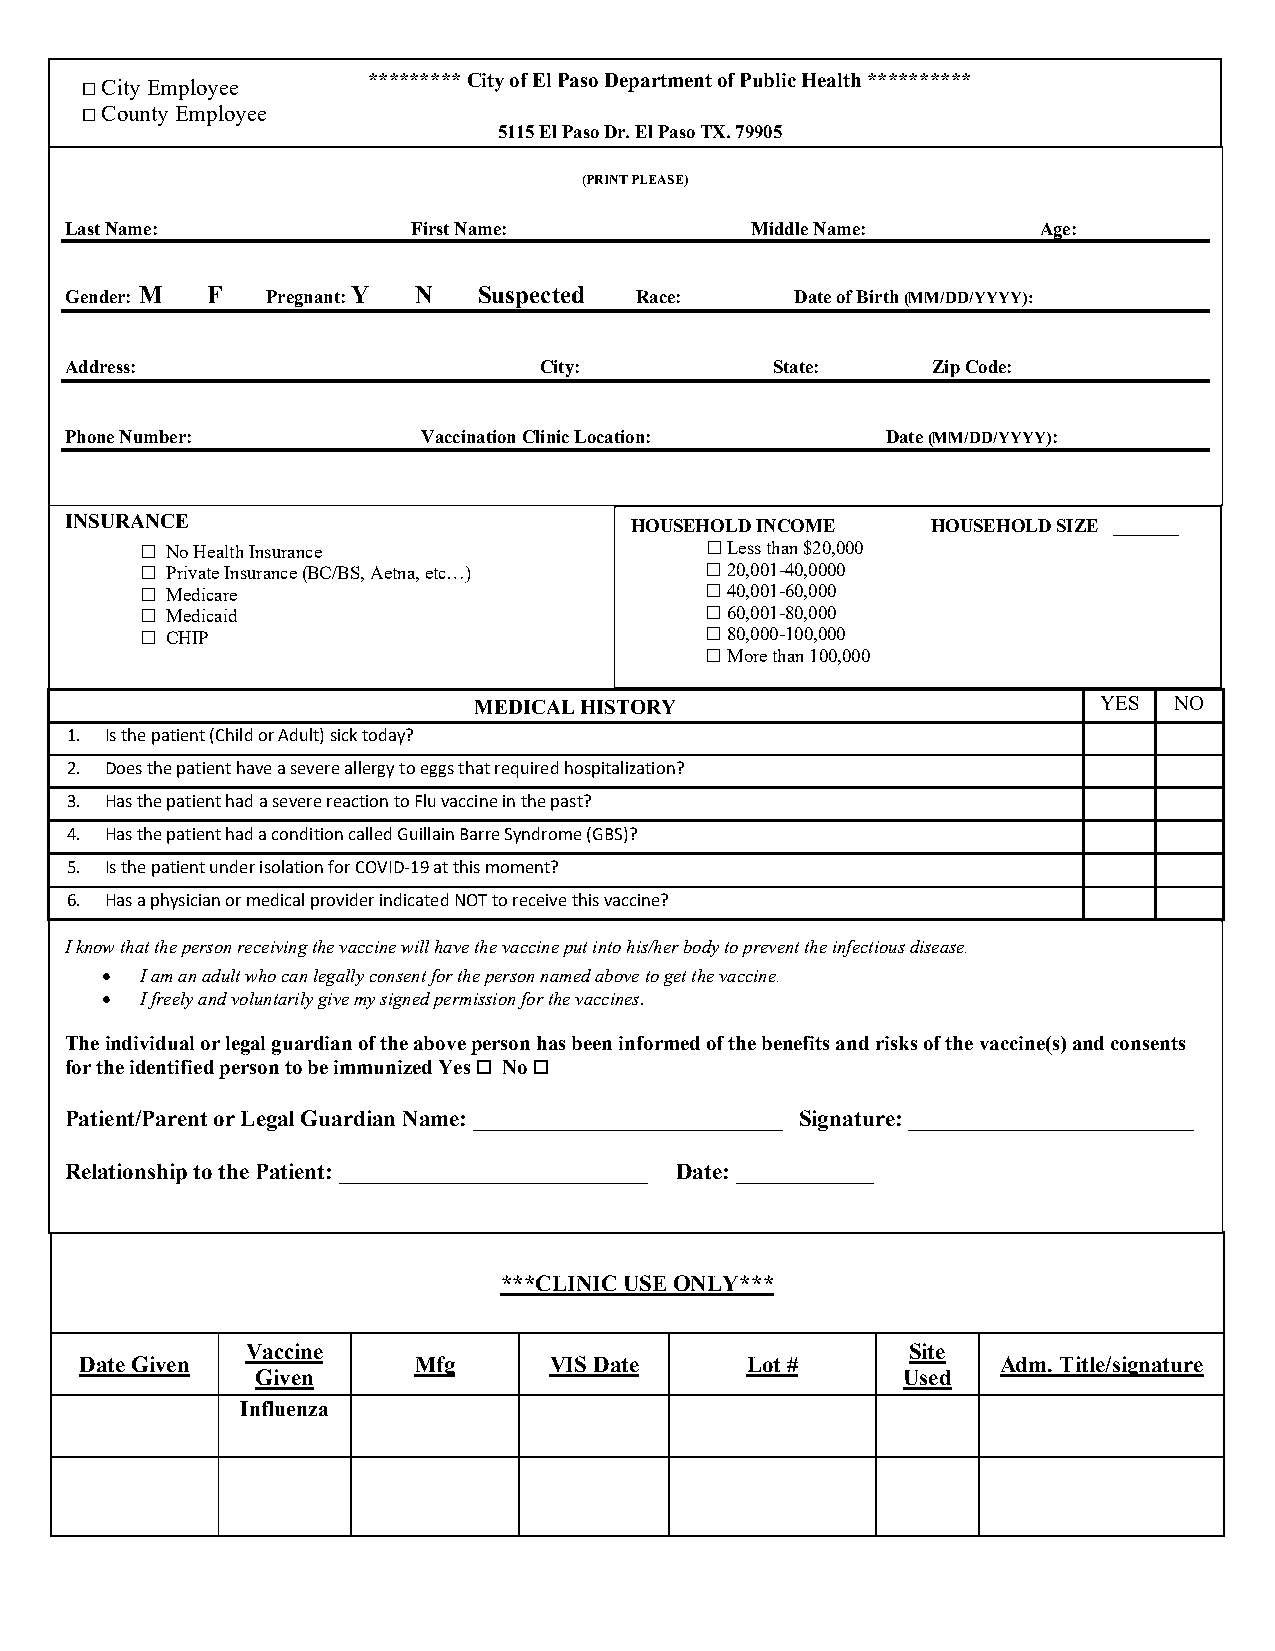
 City Employee    ********* City of El Paso Department of Public Health **********
  County Employee
 5115 El Paso Dr. El Paso TX. 79905
 (PRINT PLEASE)
 Last Name:             First Name:            Middle Name:       Age:
 Gender: M F   Pregnant: Y N Suspected Race:      Date of Birth (MM/DD/YYYY):
 Addre ss:                       City:          State:     Zip Code:
 Phone Number:           Vaccination Clinic Location:   Date (MM/DD/YYYY):
 I N S U R A N C E                     HOUSEHOLD INCOME    HOUSEHOLD SIZE _______
  No Health Insurance                 Less than $20,000
  Private Insurance (BC/BS, Aetna, etc…) 20,001-40,0000
  Medicare                            40,001-60,000
  Medicaid                            60,001-80,000
  CHIP                                80,000-100,000
 More than 100,000
 MEDICAL HISTORY                           YES  NO
 1. Is the patient (Child or Adult) sick today?
 2. Does the patient have a severe allergy to eggs that required hospitalization?
 3. Has the patient had a severe reaction to Flu vaccine in the past?
 4. Has the patient had a condition called Guillain Barre Syndrome (GBS)?
 5. Is the patient under isolation for COVID-19 at this moment?
 6. Has a physician or medical provider indicated NOT to receive this vaccine?
 I know that the person receiving the vaccine will have the vaccine put into his/her body to prevent the infectious disease.
 • I am an adult who can legally consent for the person named above to get the vaccine.
 • I freely and voluntarily give my signed permission for the vaccines .
 The individual or legal guardian of the above person has been inf ormed of the benefits and risks of the vaccine(s) and consents
 for the identified person to be immunized Yes  No 
 Patient/Parent or Legal Guardian Name: ___________________________ Signature:_________________________
 Relationship to the Patient:___________________________ Date:____________
 ***CLINIC USE ONLY***
 Vaccine                                     Site
 Date Given            Mfg      VIS Date     Lot #            Adm. Title/signature
 Given                                      Used
 Influenza